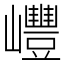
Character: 㠦